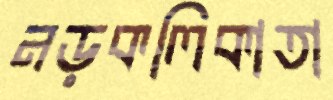
নড়কলিকাতা